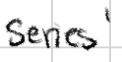
Text: series'
Cross-out: clean
Writing tool: digital_black